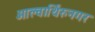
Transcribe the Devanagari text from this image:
आल्वार्थिरुनगर